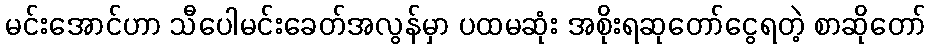
မင်းအောင်ဟာ သီပေါမင်းခေတ်အလွန်မှာ ပထမဆုံး အစိုးရဆုတော်ငွေရတဲ့ စာဆိုတော်